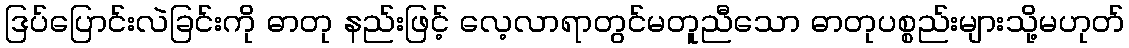
ဒြပ်ပြောင်းလဲခြင်းကို ဓာတု နည်းဖြင့် လေ့လာရာတွင်မတူညီသော ဓာတုပစ္စည်းများသို့မဟုတ်